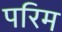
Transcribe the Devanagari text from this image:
परिम